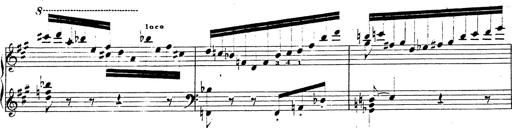
Title: Chanson bohÃ©mienne
Composer: Franz Liszt